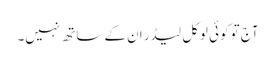
آج تو کوئی لوکل لیڈر ان کے ساتھ نہیں۔